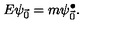
E \psi _ { \vec { 0 } } = m \psi _ { \vec { 0 } } ^ { \bullet } .